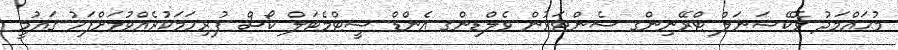
މުޙައްމަދު ވޮކޭޝަނަލް ޓްރޭނިންގ ސެންޓަރުން ވެލްޑިންގ އެންޑް ޝީޓްމެޓަލް ކޯސް ފުރިހަމަކުރެއްވުމަށްފަހު ޤައުމީ